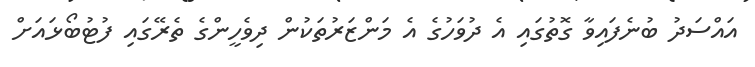
އައްސަދު ބުނެފައިވާ ގޮތުގައި އެ ދުވަހުގެ އެ މަންޒަރުތަކުން ދިވެހީންގެ ތެރޭގައި ފުޓުބޯޅައަށް